Civil Veterinary Dept. Bombay admin report 1900-1906 - 1900-1906
Year: 1900
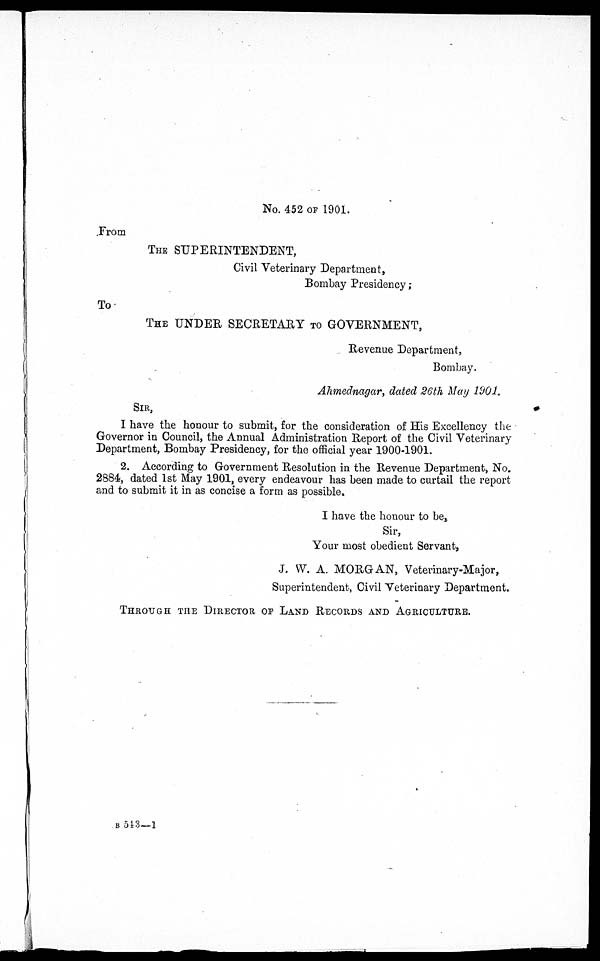
No. 452 OF 1901.
From
THE SUPERINTENDENT,
Civil Veterinary Department,
Bombay Presidency;
To
THE UNDER SECRETARY TO GOVERNMENT,
Revenue Department,
Bombay.
Ahmednagar, dated 26th May 1901.
SIR,
I have the honour to submit, for the consideration of His Excellency the
Governor in Council, the Annual Administration Report of the Civil Veterinary
Department, Bombay Presidency, for the official year 1900-1901.
2. According to Government Resolution in the Revenue Department, No.
2884, dated 1st May 1901, every endeavour has been made to curtail the report
and to submit it in as concise a form as possible.
I have the honour to be,
Sir,
Your most obedient Servant,
J. W. A. MORGAN, Veterinary-Major,
Superintendent, Civil Veterinary Department.
THROUGH THE DIRECTOR OF LAND RECORDS AND AGRICULTURE.
B 543—1